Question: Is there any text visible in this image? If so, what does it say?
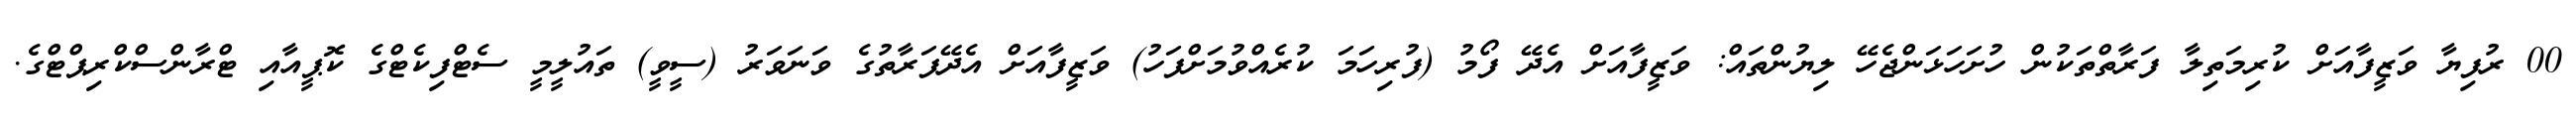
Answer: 00 ރުފިޔާ ވަޒީފާއަށް ކުރިމަތިލާ ފަރާތްތަކުން ހުށަހަޅަންޖެހޭ ލިޔުންތައް: ވަޒީފާއަށް އެދޭ ފޯމު (ފުރިހަމަ ކުރެއްވުމަށްފަހު) ވަޒީފާއަށް އެދޭފަރާތުގެ ވަނަވަރު (ސީވީ) ތައުލީމީ ސެޓްފިކެޓްގެ ކޮޕީއާއި ޓްރާންސްކްރިޕްޓްގެ.